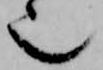
也